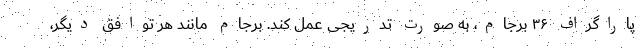
پاراگراف ۳۶ برجام، به صورت تدریجی عمل کند. برجام مانند هر توافق دیگر،